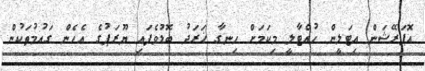
އޮޕަރޭޝަން އިޓަލީން ހުއްޓާލީ މިކަމަށް ހިނގާ ޚަރަދު ބޮޑުވެފައި ޔޫރަޕުގެ އެހެން ގައުމުތަކުން